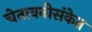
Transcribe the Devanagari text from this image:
चेतावनीसंकेत